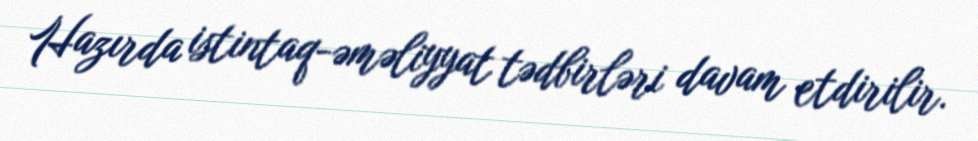
Hazırda istintaq-əməliyyat tədbirləri davam etdirilir.